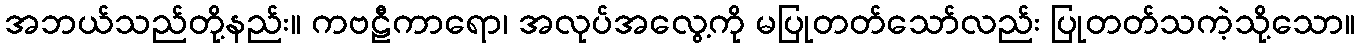
အဘယ်သည်တို့နည်း။ ကဗဠီကာရော၊ အလုပ်အလွေ့ကို မပြုတတ်သော်လည်း ပြုတတ်သကဲ့သို့သော။